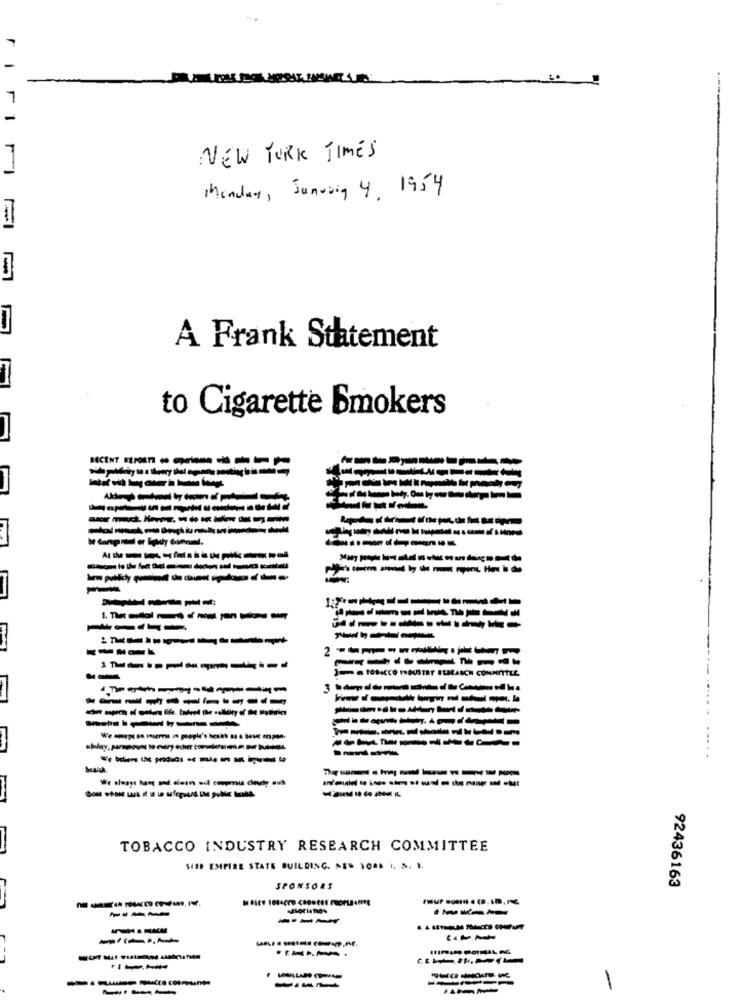
r
NEW YORK TIMES
Monday, January 4, 1954
A Frank Statement
to Cigarette Bmokers
-- --------
------
-------------
-------- İ
----
--------
---------
2 ----------
----- 71 -.
-----------
-------
------------
------
----------
-----------
TOBACCO INDUSTRY RESEARCH COMMITTEE
SHOP EMPIRE STATE BUILDING. NEM 1001 1. 5. 1.
SPONSORS
92436163
----
----
---
----
---
---